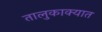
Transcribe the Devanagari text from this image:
तालुकाक्यात